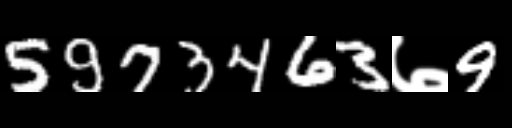
Text: 5973463७9